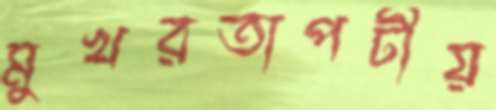
মুখরতাপটীয়